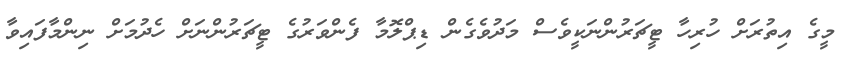
މީގެ އިތުރަށް ހުރިހާ ޓީޗަރުންނަކީވެސް މަދުވެގެން ޑިޕްލޮމާ ފެންވަރުގެ ޓީޗަރުންނަށް ހެދުމަށް ނިންމާފައިވާ